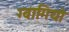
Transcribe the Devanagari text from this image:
ग्वागियो